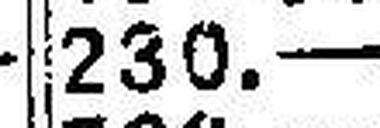
230.—